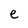
Character: e